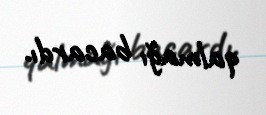
qalmağı bacardı.